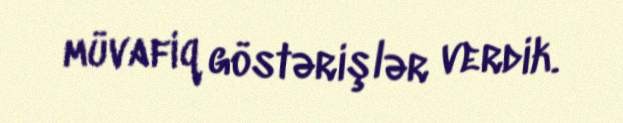
müvafiq göstərişlər verdik.